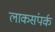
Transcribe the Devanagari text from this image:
लाकसंपर्क